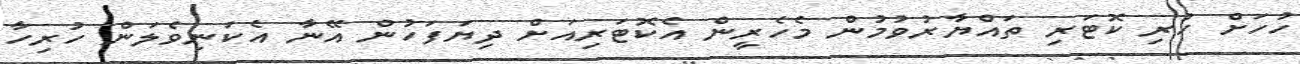
ހުހަށް ހުރި ކޮޓަރި ތައްޔާރުވުމުން މެހެރީން އެކޮޓަރިއަށް ދިޔަފަހުން އޭނާ އެކަނިވެލަން ހުރިހާ